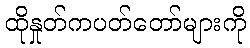
ထိုနှုတ်ကပတ်တော်များကို